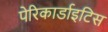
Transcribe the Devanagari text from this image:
पेरिकार्डाइटिस